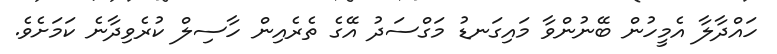
ހައްދާލާ އެމީހުން ބޭނުންވާ މައިގަނޑު މަގްސަދު އޭގެ ތެރެއިން ހާސިލް ކުރެވިދާނެ ކަމަށެވެ.